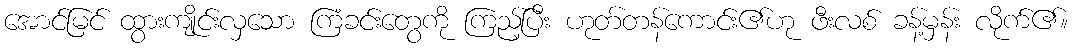
အောင်မြင် ထွားကျိုင်းလှသော ကြံခင်းတွေကို ကြည့်ပြီး ဟုတ်တန်ကောင်း၏ဟု ဖီးလစ် ခန့်မှန်း လိုက်၏။